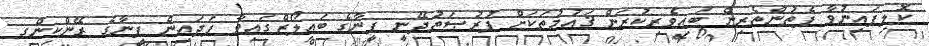
ކޮލިފައިނުވާ ފެތުންތެރިން ބައިވެރިކުރަން ޤައުމުތަކަށް ފުރުޞަތުދޭނީ ފީނާގެ ބައިލޯޒްގައިވާ ފަދައިން ފީނާގެ ރޭންކިންގ